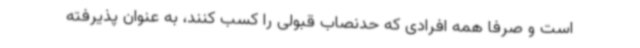
است و صرفا همه افرادی که حدنصاب قبولی را کسب کنند، به عنوان پذیرفته